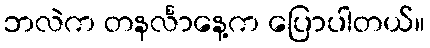
ဘလဲက တနင်္လာနေ့က ပြောပါတယ်။